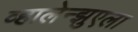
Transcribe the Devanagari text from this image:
व्हालेन्झुएला